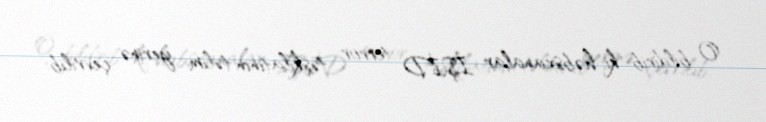
O bildirib ki, həbsxanalar İŞİD terror təşkilatının təlim yerinə çevrilib: